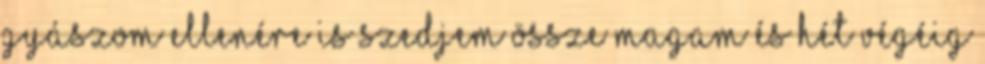
gyászom ellenére is szedjem össze magam és hét végéig